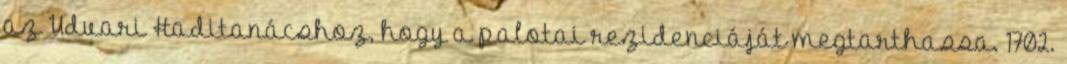
az Udvari Haditanácshoz, hogy a palotai rezidenciáját megtarthassa. 1702.